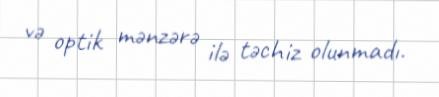
və optik mənzərə ilə təchiz olunmadı.